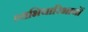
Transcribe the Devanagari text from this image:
व्यभिचारिभावों